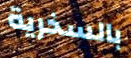
بالسخرية